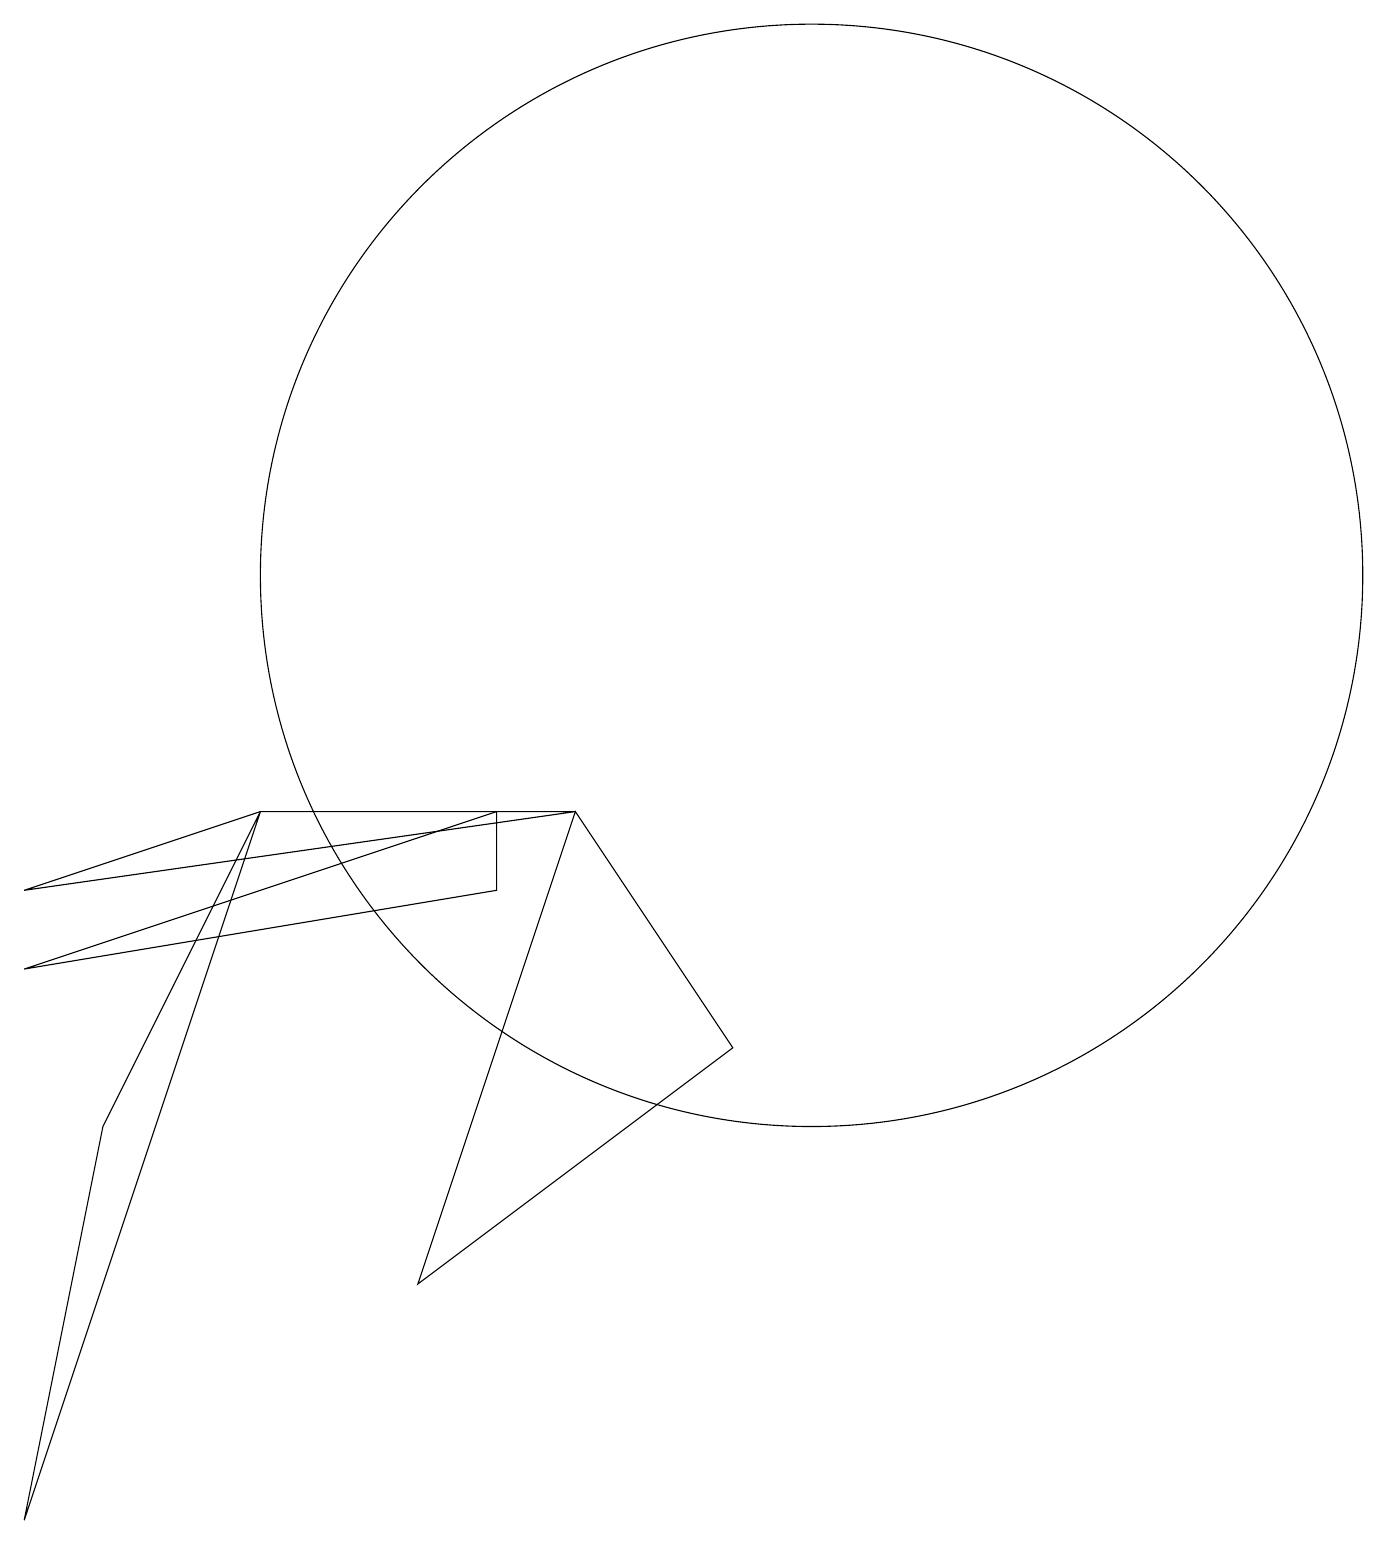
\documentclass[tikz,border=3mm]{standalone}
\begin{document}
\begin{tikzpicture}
\draw (10,12) circle (7);
\draw (0,7) -- (6,9) -- (6,8) -- cycle;
\draw (7,9) -- (9,6) -- (5,3) -- cycle;
\draw (0,0) -- (1,5) -- (3,9) -- cycle;
\draw (0,8) -- (3,9) -- (7,9) -- cycle;
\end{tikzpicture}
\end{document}